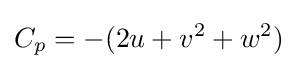
C_{p}=-(2u+v^{2}+w^{2})